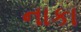
નાકા